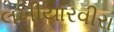
લખીયારવીરા